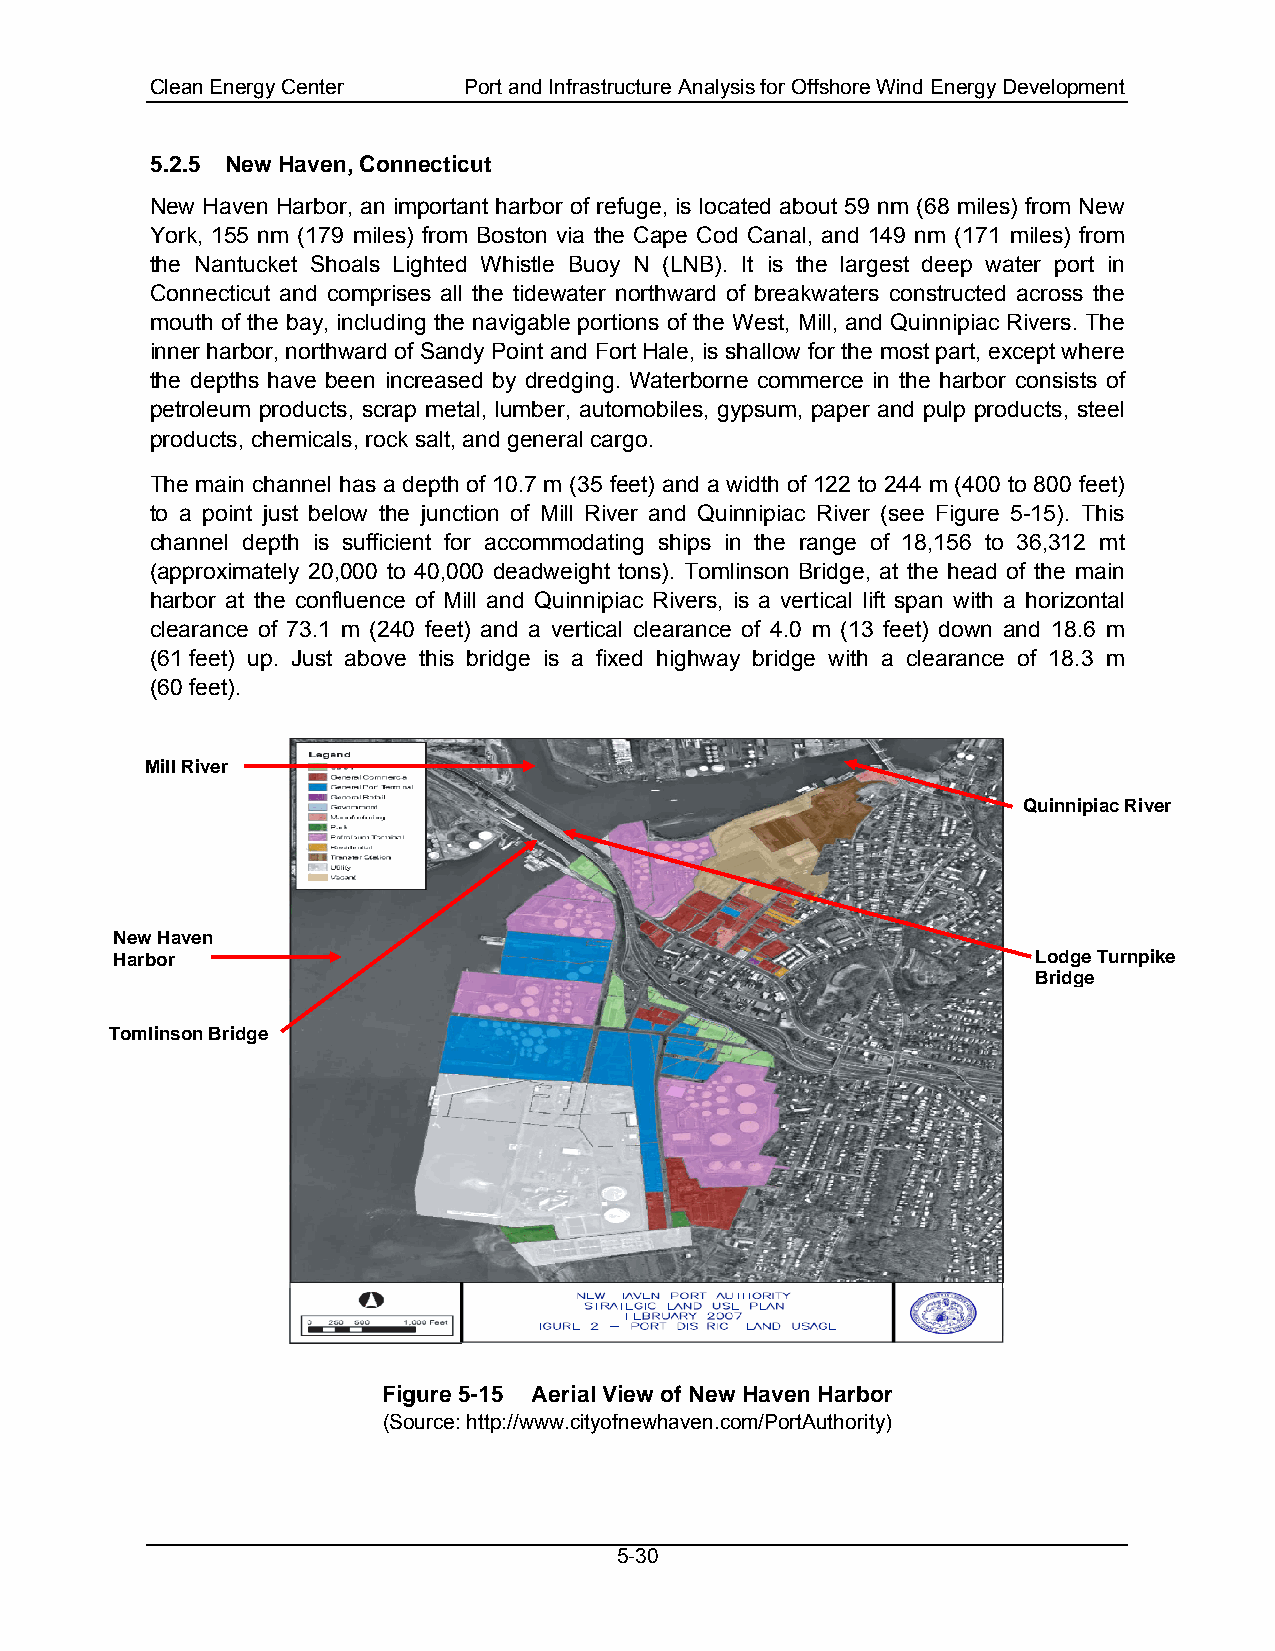
Clean Energy Center  Port and Infrastructure Analysis for Offshore Wind Energy Development
 5.2.5 New Haven, Connecticut
 New Haven Harbor, an important harbor of refuge, is located about 59 nm (68 miles) from New
 York, 155 nm (179 miles) from Boston via the Cape Cod Canal, and 149 nm (171 miles) from
 the Nantucket Shoals Lighted Whistle Buoy N (LNB). It is the largest deep water port in
 Connecticut and comprises all the tidewater northward of breakwaters constructed across the
 mouth of the bay, including the navigable portions of the West, Mill, and Quinnipiac Rivers. The
 inner harbor, northward of Sandy Point and Fort Hale, is shallow for the most part, except where
 the depths have been increased by dredging. Waterborne commerce in the harbor consists of
 petroleum products, scrap metal, lumber, automobiles, gypsum, paper and pulp products, steel
 products, chemicals, rock salt, and general cargo.
 The main channel has a depth of 10.7 m (35 feet) and a width of 122 to 244 m (400 to 800 feet)
 to a point just below the junction of Mill River and Quinnipiac River (see Figure 5-15). This
 channel depth is sufficient for accommodating ships in the range of 18,156 to 36,312 mt
 (approximately 20,000 to 40,000 deadweight tons). Tomlinson Bridge, at the head of the main
 harbor at the confluence of Mill and Quinnipiac Rivers, is a vertical lift span with a horizontal
 clearance of 73.1 m (240 feet) and a vertical clearance of 4.0 m (13 feet) down and 18.6 m
 (61 feet) up. Just above this bridge is a fixed highway bridge with a clearance of 18.3 m
 (60 feet).
 Mill River
 Quinnipiac River
 New Haven
 Harbor                                                       Lodge Turnpike
 Bridge
 Tomlinson Bridge
 Figure 5-15 Aerial View of New Haven Harbor
 (Source: http://www.cityofnewhaven.com/PortAuthority)
 5-30